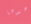
أخذها